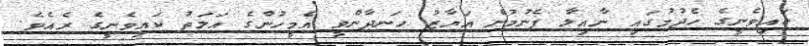
ކައިވެނީގެ ހެދުމުގައި ނާއިލާ ފެނުމުން އަޔާޒު ހަނދާންވީ އެމީހުންގެ އަލަތު ކައިވެނީގެ ރެއެވެ.